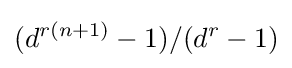
(d^{r(n+1)}-1)/(d^{r}-1)